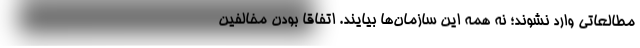
مطالعاتی وارد نشوند؛ نه همه این سازمان‌ها بیایند. اتفاقا بودن مخالفین